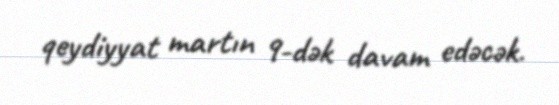
qeydiyyat martın 9-dək davam edəcək.